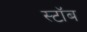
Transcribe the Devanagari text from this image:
स्टॉब